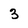
Character: 3